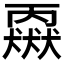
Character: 𬍈